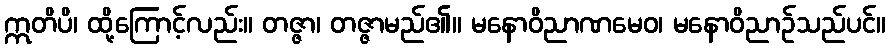
ဣတိပိ၊ ထို့ကြောင့်လည်း။ တဇ္ဇာ၊ တဇ္ဇာမည်၏။ မနောဝိညာဏမေဝ၊ မနောဝိညာဉ်သည်ပင်။